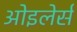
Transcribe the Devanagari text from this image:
ओइलेर्स